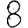
Digit: 8